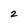
Character: 2